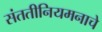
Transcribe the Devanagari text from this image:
संततीनियमनाचे